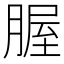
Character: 腛